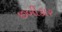
છબીકાર